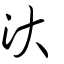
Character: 汏